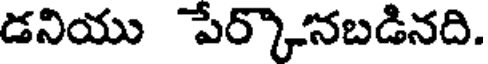
డనియు పేర్కొనబడినది.